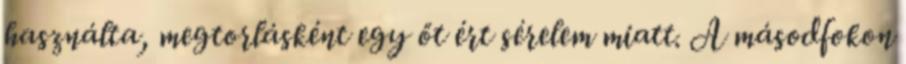
használta, megtorlásként egy őt ért sérelem miatt. A másodfokon